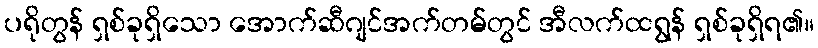
ပရိုတွန် ရှစ်ခုရှိသော အောက်ဆီဂျင်အက်တမ်တွင် အီလက်ထရွန် ရှစ်ခုရှိရ၏။